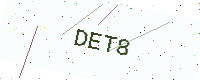
Text: DET8